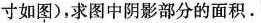
寸如图)，求图中阴影部分的面积.